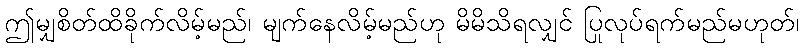
ဤမျှစိတ်ထိခိုက်လိမ့်မည်၊ မျက်နေလိမ့်မည်ဟု မိမိသိရလျှင် ပြုလုပ်ရက်မည်မဟုတ်၊